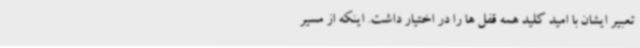
تعبیر ایشان با امید کلید همه قفل ها را در اختیار داشت. اینکه از مسیر